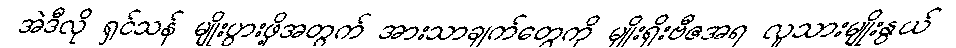
အဲဒီလို ရှင်သန် မျိုးပွားဖို့အတွက် အားသာချက်တွေကို မျိုးရိုးဗီဇအရ လူသားမျိုးနွယ်